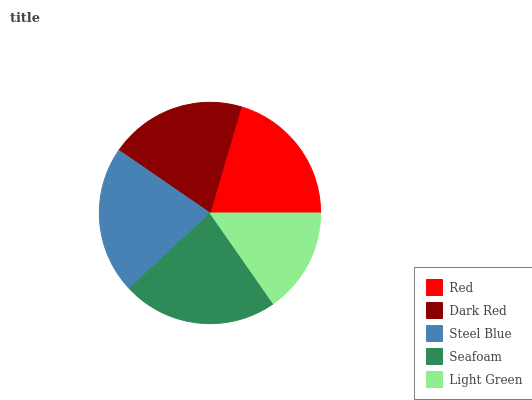
| Red | Dark Red | Steel Blue | Seafoam | Light Green |
 | --- | --- | --- | --- | --- |
 | 20.4% | 19.9% | 21.6% | 22.8% | 15.3% |